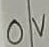
Text: 0V